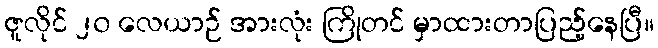
ဇူလိုင် ၂၀ လေယာဉ် အားလုံး ကြိုတင် မှာထားတာပြည့်နေပြီ။